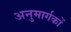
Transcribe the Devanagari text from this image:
अनुमार्गकों